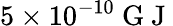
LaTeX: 5\times 10^{-10}\mathrm{~G~J~}